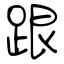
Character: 跟